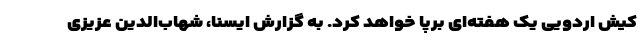
کیش اردویی یک هفته‌ای برپا خواهد کرد. به گزارش ایسنا، شهاب‌الدین عزیزی